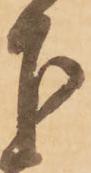
下